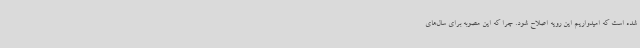
شده است که امیدواریم این رویه اصلاح شود. چرا که این مصوبه برای سال‌های